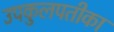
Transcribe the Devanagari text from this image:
उपकुलपतीका